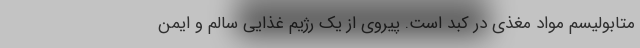
متابولیسم مواد مغذی در کبد است. پیروی از یک رژیم غذایی سالم و ایمن